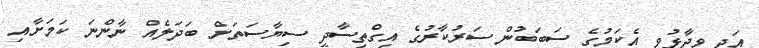
އަދި ވިދާޅުވީ އެކަމުގެ ސަބަބުން ސަރުކާރުގެ އިގްތިސާދީ ސިޔާސަތަށް ބަދަލެއް ނާންނަ ކަމަށާއި